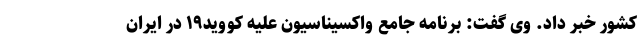
کشور خبر داد. وی گفت: برنامه جامع واکسیناسیون علیه کووید۱۹ در ایران